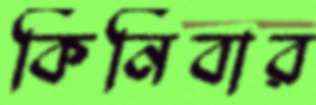
কিনিবার